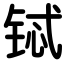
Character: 铽